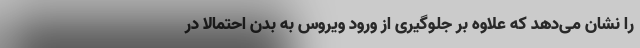
را نشان می‌دهد که علاوه بر جلوگیری از ورود ویروس به بدن احتمالا در